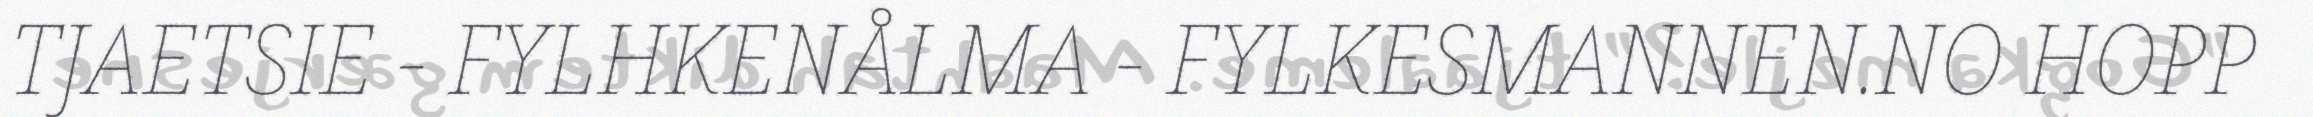
TJAETSIE - FYLHKENÅLMA - FYLKESMANNEN.NO HOPP